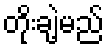
တိုးချဲ့မည်